画像に写った文字を読んでください
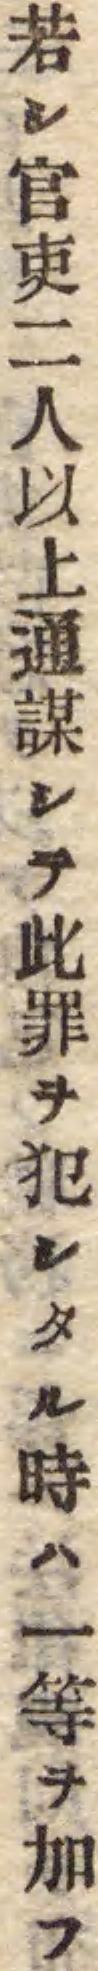
「若シ官吏二人以上通謀シテ此罪ヲ犯シタル時ハ一等ヲ加フ」と書いてあります